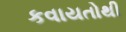
કવાયતોથી